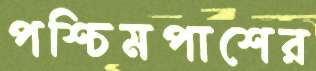
পশ্চিমপাশের